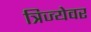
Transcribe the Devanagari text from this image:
त्रिज्येवर